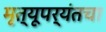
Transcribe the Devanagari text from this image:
मृत्यूपर्यंतचा